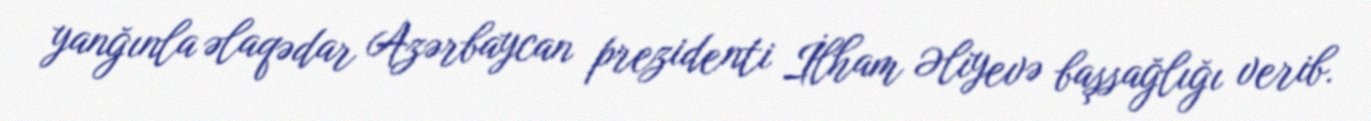
yanğınla əlaqədar Azərbaycan prezidenti İlham Əliyevə başsağlığı verib.